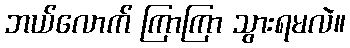
ဘယ်လောက် ကြာကြာ သွားရမလဲ။